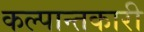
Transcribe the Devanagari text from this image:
कल्पान्तकारी